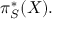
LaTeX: \pi _ { S } ^ { * } ( X ) .